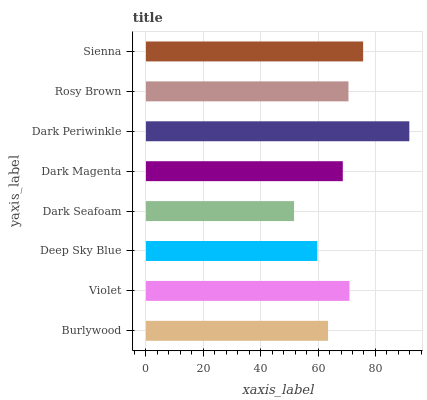
| yaxis_label | bars |
 | --- | --- |
 | Burlywood | 63.5 |
 | Violet | 70.9 |
 | Deep Sky Blue | 59.7 |
 | Dark Seafoam | 51.6 |
 | Dark Magenta | 68.6 |
 | Dark Periwinkle | 91.8 |
 | Rosy Brown | 70.6 |
 | Sienna | 75.7 |